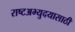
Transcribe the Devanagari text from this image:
राष्टअभ्युदयासाठी